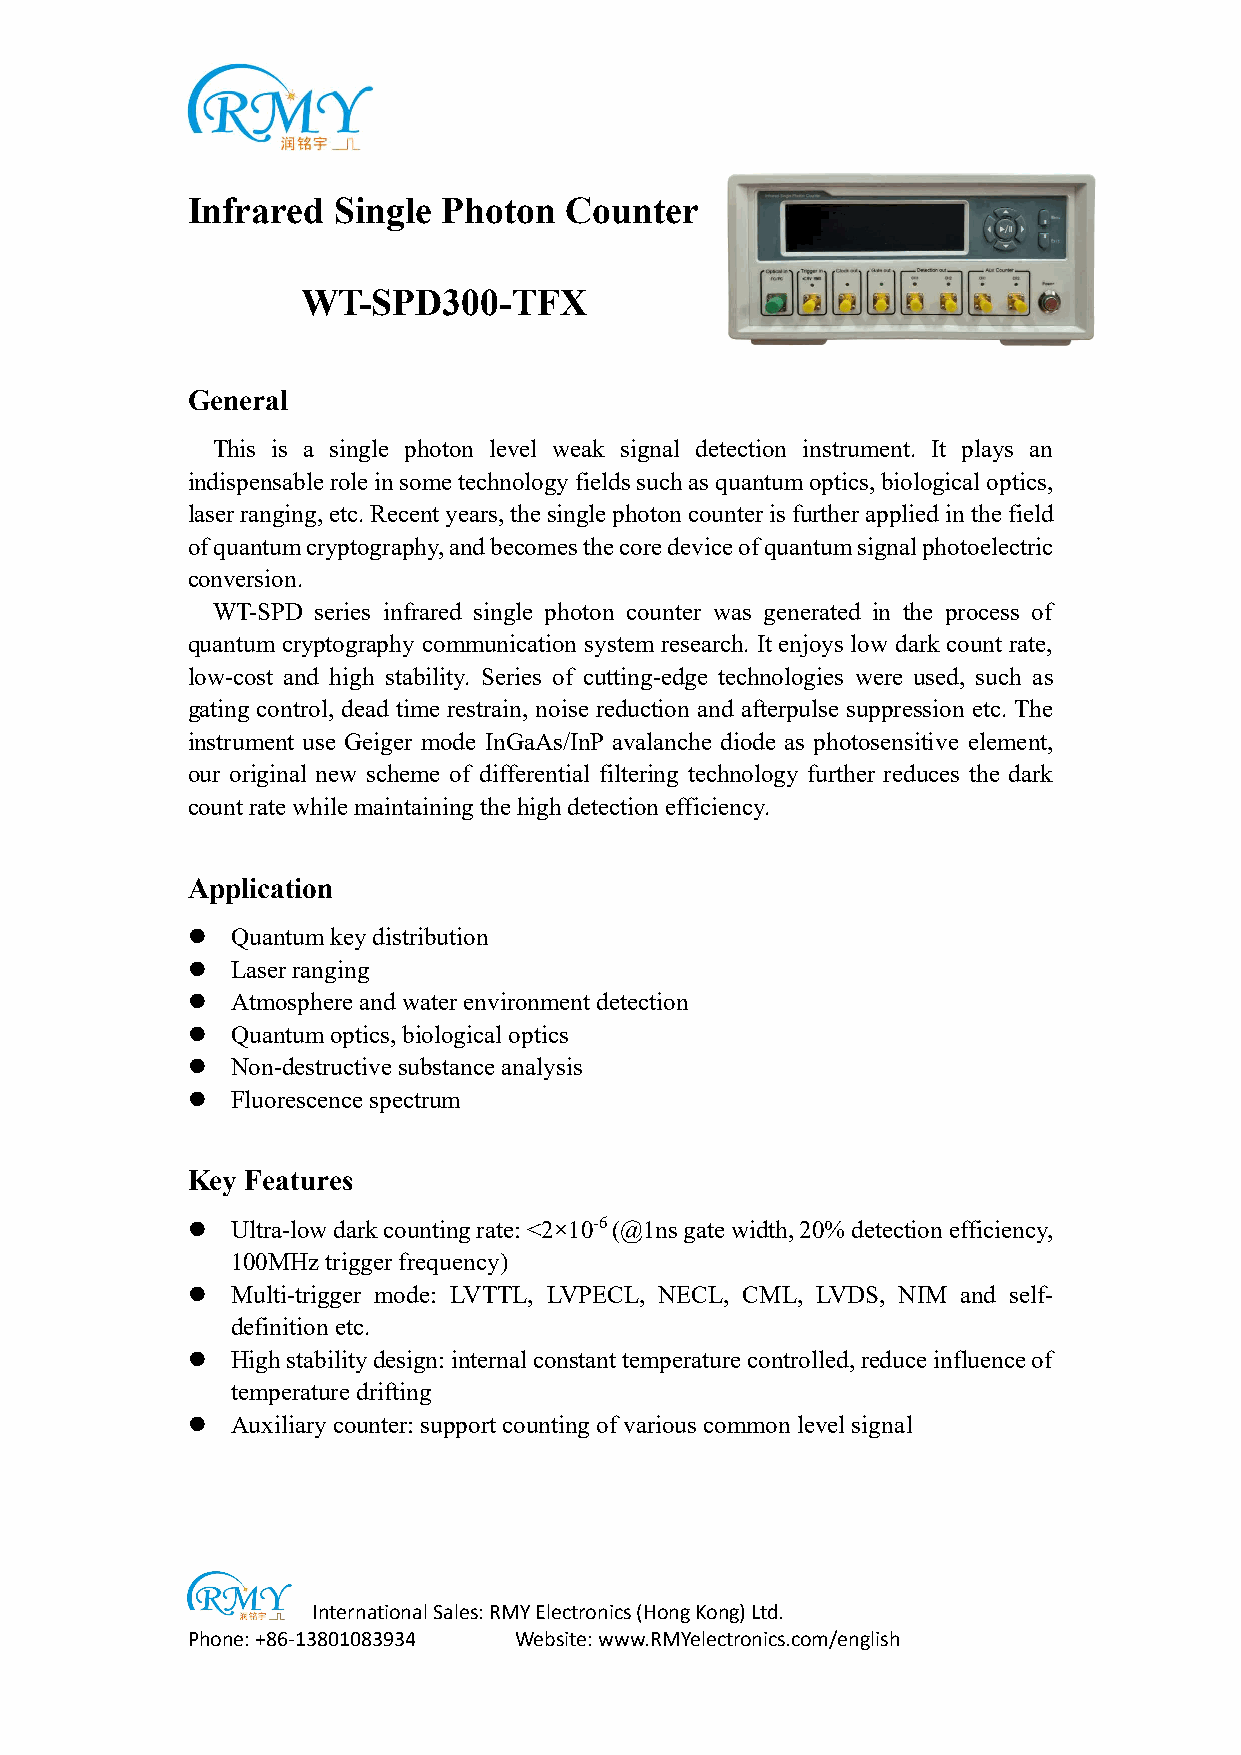
Infrared  Single Photon  Counter
 WT-SPD300-TFX
 General
 This is a single photon level weak signal detection instrument. It plays an
 indispensable role in some technology fields such as quantum optics, biological optics,
 laser ranging, etc. Recent years, the single photon counter is further applied in the field
 of quantum cryptography, and becomes the core device of quantum signal photoelectric
 conversion.
 WT-SPD series infrared single photon counter was generated in the process of
 quantum cryptography communication system research. It enjoys low dark count rate,
 low-cost and high stability. Series of cutting-edge technologies were used, such as
 gating control, dead time restrain, noise reduction and afterpulse suppression etc. The
 instrument use Geiger mode InGaAs/InP avalanche diode as photosensitive element,
 our original new scheme of differential filtering technology further reduces the dark
 count rate while maintaining the high detection efficiency.
 Application
   Quantum key distribution
   Laser ranging
   Atmosphere and water environment detection
   Quantum optics, biological optics
   Non-destructive substance analysis
   Fluorescence spectrum
 Key Features
   Ultra-low dark counting rate: <2×10-6 (@1ns gate width, 20% detection efficiency,
 100MHz trigger frequency)
   Multi-trigger mode: LVTTL, LVPECL, NECL, CML, LVDS, NIM and self-
 definition etc.
   High stability design: internal constant temperature controlled, reduce influence of
 temperature drifting
   Auxiliary counter: support counting of various common level signal
 International Sales: RMY Electronics (Hong Kong) Ltd.
 Phone: +86-13801083934 Website: www.RMYelectronics.com/english